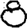
Digit: 8